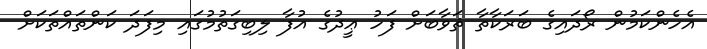
އެހެންކަމުން ރޯދައިގެ ބަރަކާތާ ޘަވާބަށް ފަހު ޢީދުގެ އުފާ ލިބިގަތުމުގައި މިފަދަ ކަންތައްތަކަށް